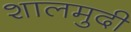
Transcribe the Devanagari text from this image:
शालमुदी